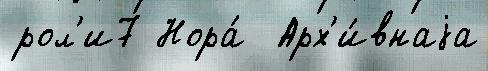
рол'и7 Нора́  Арх'и́внаjа